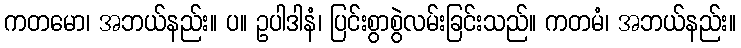
ကတမော၊ အဘယ်နည်း။ ပ။ ဥပါဒါနံ၊ ပြင်းစွာစွဲလမ်းခြင်းသည်။ ကတမံ၊ အဘယ်နည်း။